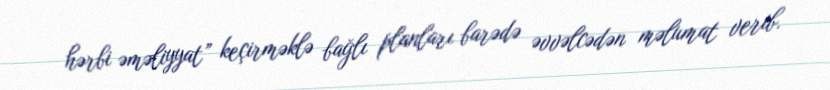
hərbi əməliyyat” keçirməklə bağlı planları barədə əvvəlcədən məlumat verib.